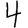
Digit: 4